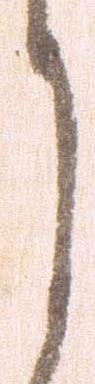
月